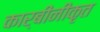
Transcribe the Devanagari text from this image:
कार्बीनीकृत